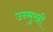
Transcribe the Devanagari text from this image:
उन्‍मुखी